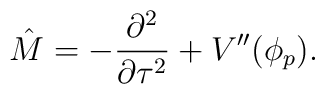
\hat{M} = -\frac{\partial^2}{\partial \tau^2} + V''(\phi_p).